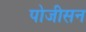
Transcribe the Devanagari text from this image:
पोजीसन